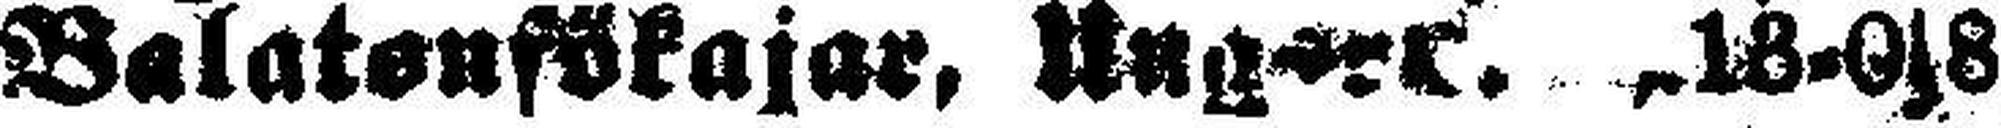
Balatenfökajar, Ung###. 18-0s8